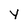
Character: Y